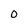
Character: 0